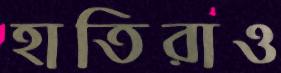
হাতিরাও